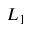
L _ { 1 }